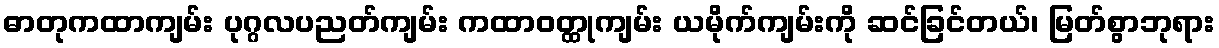
ဓာတုကထာကျမ်း ပုဂ္ဂလပညတ်ကျမ်း ကထာဝတ္ထုကျမ်း ယမိုက်ကျမ်းကို ဆင်ခြင်တယ်၊ မြတ်စွာဘုရား